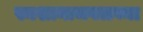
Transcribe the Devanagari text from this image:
स्मशानाजवळच्या